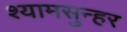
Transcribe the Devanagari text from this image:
श्यामसुन्हर